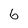
Character: 6